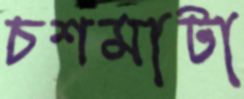
চশমাটা